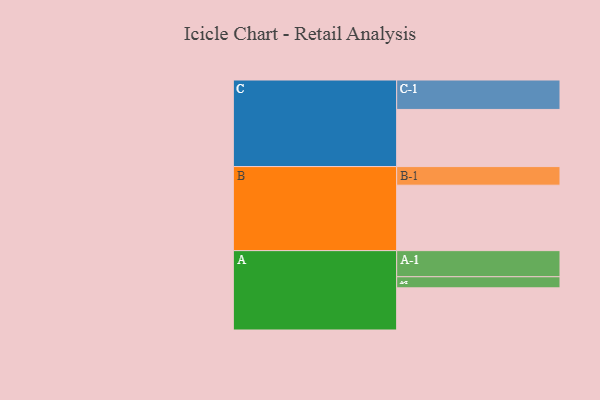
{"axis": {"x": "Segment", "y": "Value"}, "legend": ["", "A", "B", "C"], "data": [{"x": "A", "y": 315, "type": ""}, {"x": "B", "y": 489, "type": ""}, {"x": "C", "y": 427, "type": ""}, {"x": "A-1", "y": 195, "type": "A"}, {"x": "A-2", "y": 83, "type": "A"}, {"x": "B-1", "y": 139, "type": "B"}, {"x": "C-1", "y": 220, "type": "C"}]}